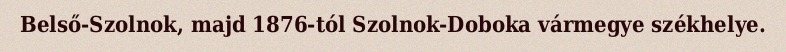
Belső-Szolnok, majd 1876-tól Szolnok-Doboka vármegye székhelye.